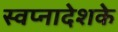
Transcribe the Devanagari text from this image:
स्वप्नादेशके